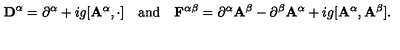
{ \bf D } ^ { \alpha } = \partial ^ { \alpha } + i g [ { \bf A } ^ { \alpha } , \cdot ] \quad \mathrm { { a n d } } \quad { \bf F } ^ { \alpha \beta } = \partial ^ { \alpha } { \bf A } ^ { \beta } - \partial ^ { \beta } { \bf A } ^ { \alpha } + i g [ { \bf A } ^ { \alpha } , { \bf A } ^ { \beta } ] .